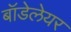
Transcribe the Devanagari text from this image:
बॉडेलेयर